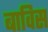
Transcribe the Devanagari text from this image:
बाविस